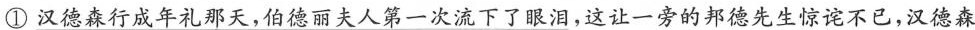
①汉德森行成年礼那天，伯德丽夫人第一次流下了眼泪，这让一旁的邦德先生惊诧不已，汉德森